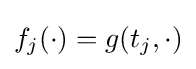
f_{j}(\cdot )=g(t_{j},\cdot )